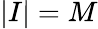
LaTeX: |I|=M